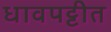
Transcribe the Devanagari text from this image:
धावपट्टीत